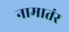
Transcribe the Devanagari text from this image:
नामातंर